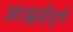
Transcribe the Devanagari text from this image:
आश्चर्य़पूर्ण